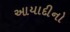
આયાદીનો